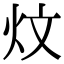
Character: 炆